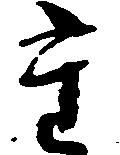
た